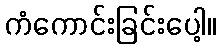
ကံကောင်းခြင်းပေါ့။